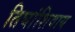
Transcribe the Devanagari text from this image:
तिघांशिवाय